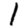
Digit: 1